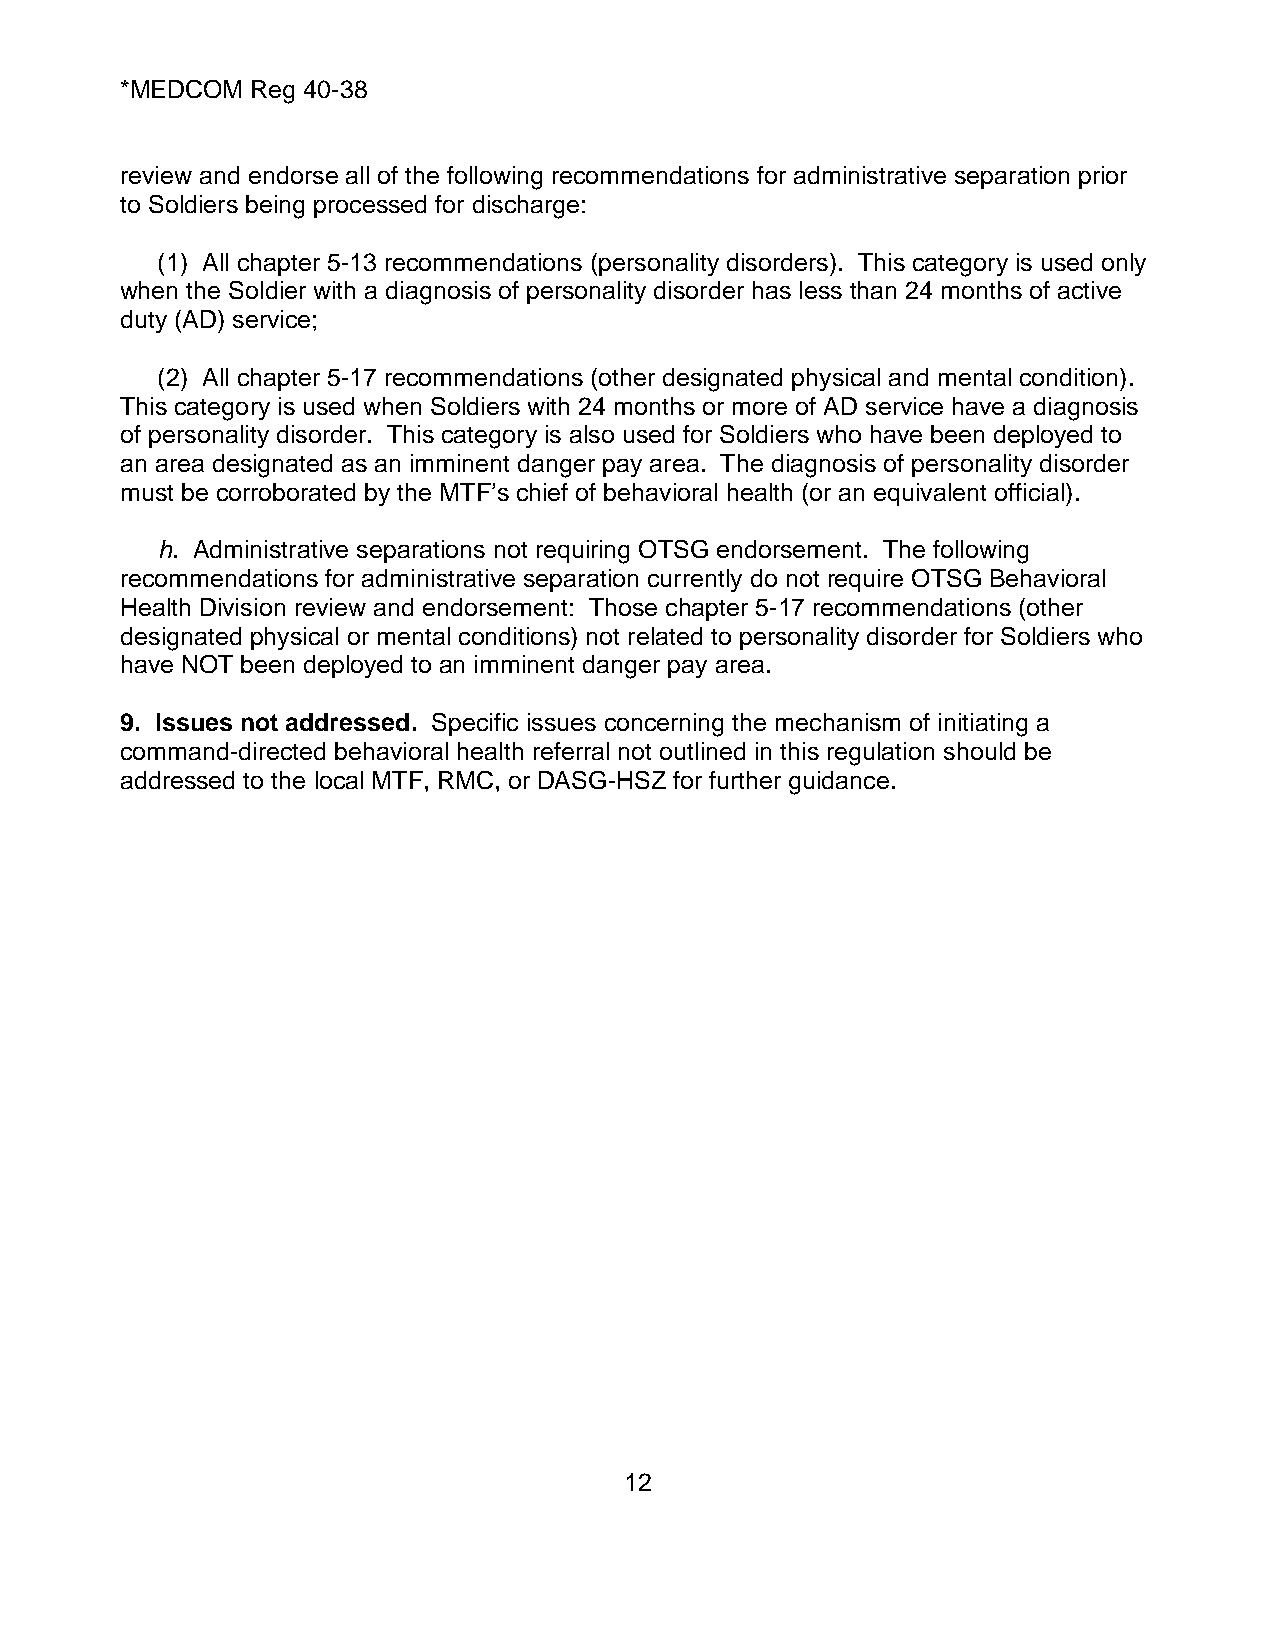
*MEDCOM  Reg 40-38
 review and endorse all of the following recommendations for administrative separation prior
 to Soldiers being processed for discharge:
 (1) All chapter 5-13 recommendations (personality disorders). This category is used only
 when the Soldier with a diagnosis of personality disorder has less than 24 months of active
 duty (AD) service;
 (2) All chapter 5-17 recommendations (other designated physical and mental condition).
 This category is used when Soldiers with 24 months or more of AD service have a diagnosis
 of personality disorder. This category is also used for Soldiers who have been deployed to
 an area designated as an imminent danger pay area. The diagnosis of personality disorder
 must be corroborated by the MTF’s chief of behavioral health (or an equivalent official).
 h. Administrative separations not requiring OTSG endorsement. The following
 recommendations for administrative separation currently do not require OTSG Behavioral
 Health Division review and endorsement: Those chapter 5-17 recommendations (other
 designated physical or mental conditions) not related to personality disorder for Soldiers who
 have NOT been deployed to an imminent danger pay area.
 9. Issues not addressed. Specific issues concerning the mechanism of initiating a
 command-directed behavioral health referral not outlined in this regulation should be
 addressed to the local MTF, RMC, or DASG-HSZ for further guidance.
 12